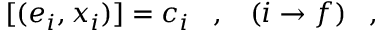
[ ( e _ { i } , x _ { i } ) ] = c _ { i } \; \; \; , \; \; \; ( i \rightarrow f ) \; \; \; ,